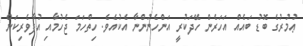
ޢުމުރުގެ ބޮޑު ބައެއް އަހަރެން ހޭދަކުރީ އަންހެނުންނާ އެކުއެވެ. ހިތްހަމަ ޖެހުމާއި އުފާވެރިކަން